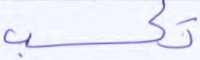
تكسب